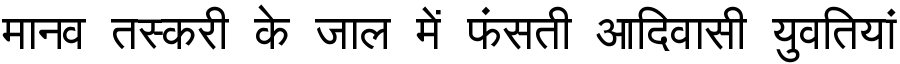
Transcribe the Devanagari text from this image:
मानव तस्करी के जाल में फंसती आदिवासी युवतियां